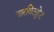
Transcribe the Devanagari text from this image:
वारविट्यूरेट